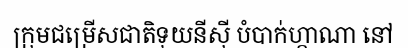
ក្រុមជម្រើសជាតិទុយនីស៊ី បំបាក់ហ្គាណា នៅ